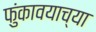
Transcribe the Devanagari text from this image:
फुंकावयाच्या